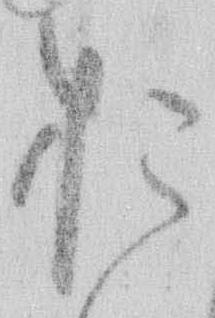
お